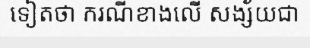
ទៀតថា ករណីខាងលើ សង្ស័យជា